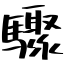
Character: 驟